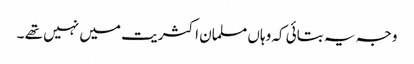
وجہ یہ بتائی کہ وہاں مسلمان اکثریت میں نہیں تھے ۔